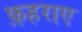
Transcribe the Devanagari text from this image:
फ़हराए